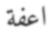
اعفة